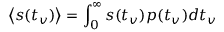
{ \ensuremath { \left\langle s ( t _ { v } ) \right\rangle } } = \int _ { 0 } ^ { \infty } s ( t _ { v } ) p ( t _ { v } ) d t _ { v }